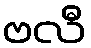
ဗလီ